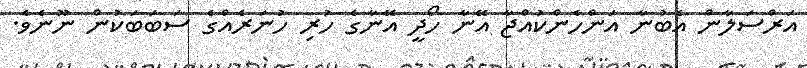
އަރްސަލާން އެބުނާ އަންހެންކުއްޖާ އޭނާ ހޯދީ އޭނާގެ ހުރި ހުނަރެއްގެ ސަބަބަކުން ނޫނެވެ.